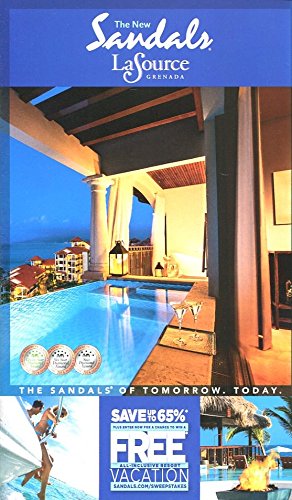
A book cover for THE NEW SANDALS LA SOURCE GRENADA BROCHURE /ALL-INCLUSIVE /PHOTOS & DETAILS /WOW; SANDALS; Travel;